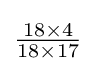
{\tfrac {18\times 4}{18\times 17}}